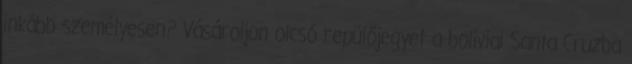
inkább személyesen? Vásároljon olcsó repülőjegyet a bolíviai Santa Cruzba